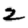
Digit: 2